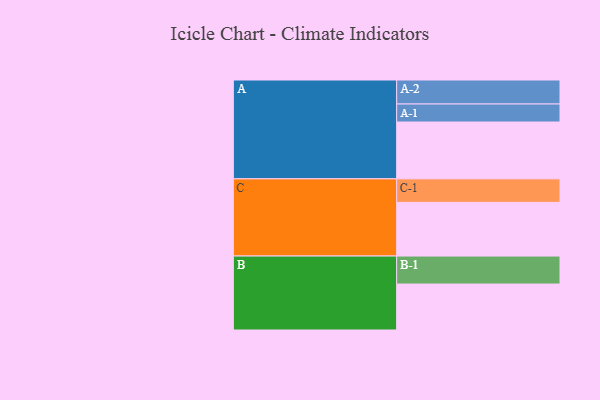
{"axis": {"x": "Segment", "y": "Value"}, "legend": ["", "A", "B", "C"], "data": [{"x": "A", "y": 580, "type": ""}, {"x": "B", "y": 469, "type": ""}, {"x": "C", "y": 548, "type": ""}, {"x": "A-1", "y": 184, "type": "A"}, {"x": "A-2", "y": 245, "type": "A"}, {"x": "B-1", "y": 286, "type": "B"}, {"x": "C-1", "y": 240, "type": "C"}]}